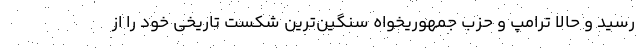
رسید و حالا ترامپ و حزب جمهوریخواه سنگین‌ترین شکست تاریخی خود را از